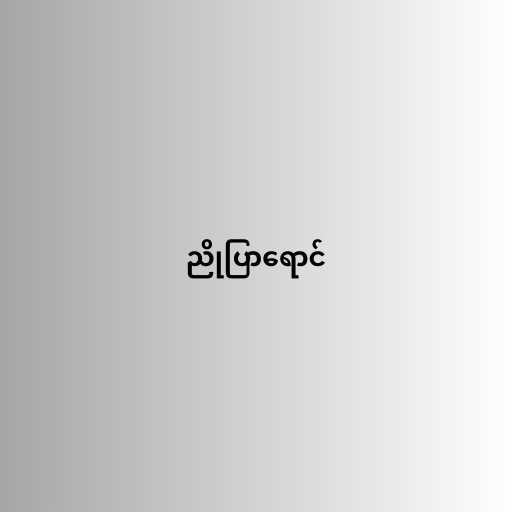
ညိုပြာရောင်